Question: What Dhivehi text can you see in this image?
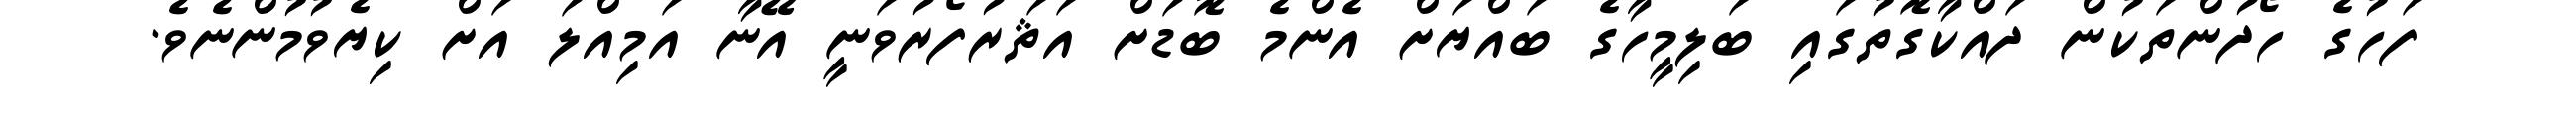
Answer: ފަހުގެ ހޯދުންތަކުން ދައްކާގޮތުގައި ބަލިމީހާގެ ބައްޔަށް އެންމެ ބޮޑަށް އަޘަރުފޯރުވަނީ އޭނާ އަމިއްލަ އަށް ކިޔެވުމުންނެވެ.